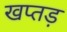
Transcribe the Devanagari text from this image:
खप्तड़